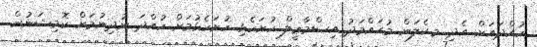
ހުއްދައަށް އެދި މ.ކެލަން މުޙައްމަދު އިސްމާޢީލް ހުށަހެޅި ހުށަހެޅުމަށް ހުއްދަ ނުދިނުމަށް ކޮމިޝަނުން